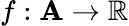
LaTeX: f:\mathbf{A}\rightarrow\mathbb{{R}}